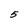
Character: 5